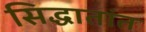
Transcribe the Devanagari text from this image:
सिद्धातांत